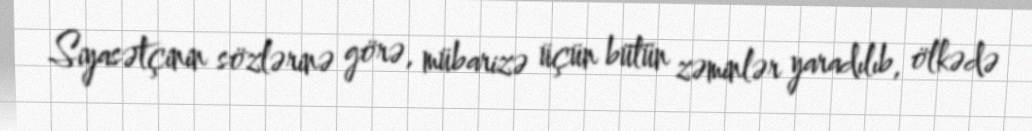
Siyasətçinin sözlərinə görə, mübarizə üçün bütün zəminlər yaradılıb, ölkədə